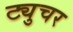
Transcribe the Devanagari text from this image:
ट्युचर